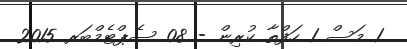
1 މަސް 1 ހަފްތާ ކުރިން - 08 ސެޕްޓެމްބަރ 2015